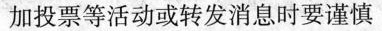
加投票等活动或转发消息时要谨慎